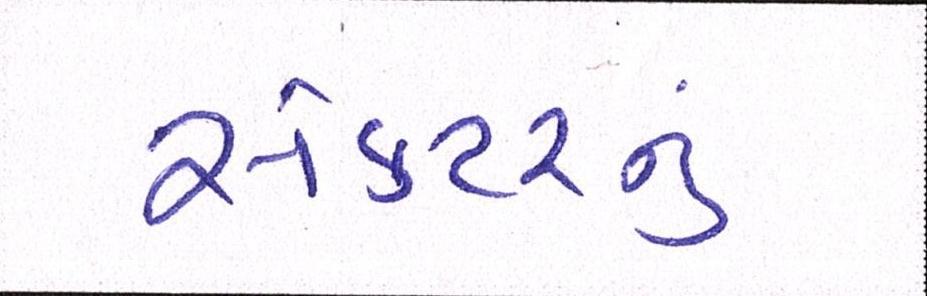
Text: સેક્ટરનું